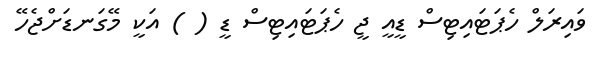
ވައިރަލް ހެޕަޓައިޓިސް ޑީއީ ޖީ ހެޕަޓައިޓިސް ޑީ ( ) އަކީ މޭގަނޑަށްޖެހޭ